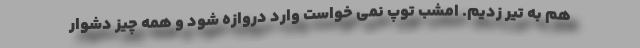
هم به تیر زدیم. امشب توپ نمی خواست وارد دروازه شود و همه چیز دشوار